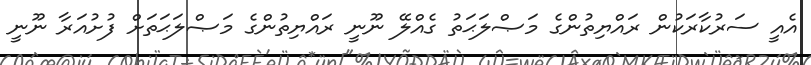
އެއީ ސަރުކާރަކުން ރައްޔިތުންގެ މަޞްލަޙަތު ގެއްލޭ ނޫނީ ރައްޔިތުންގެ މަޞްލަޙަތަށް ފުށުއަރާ ނޫނީ